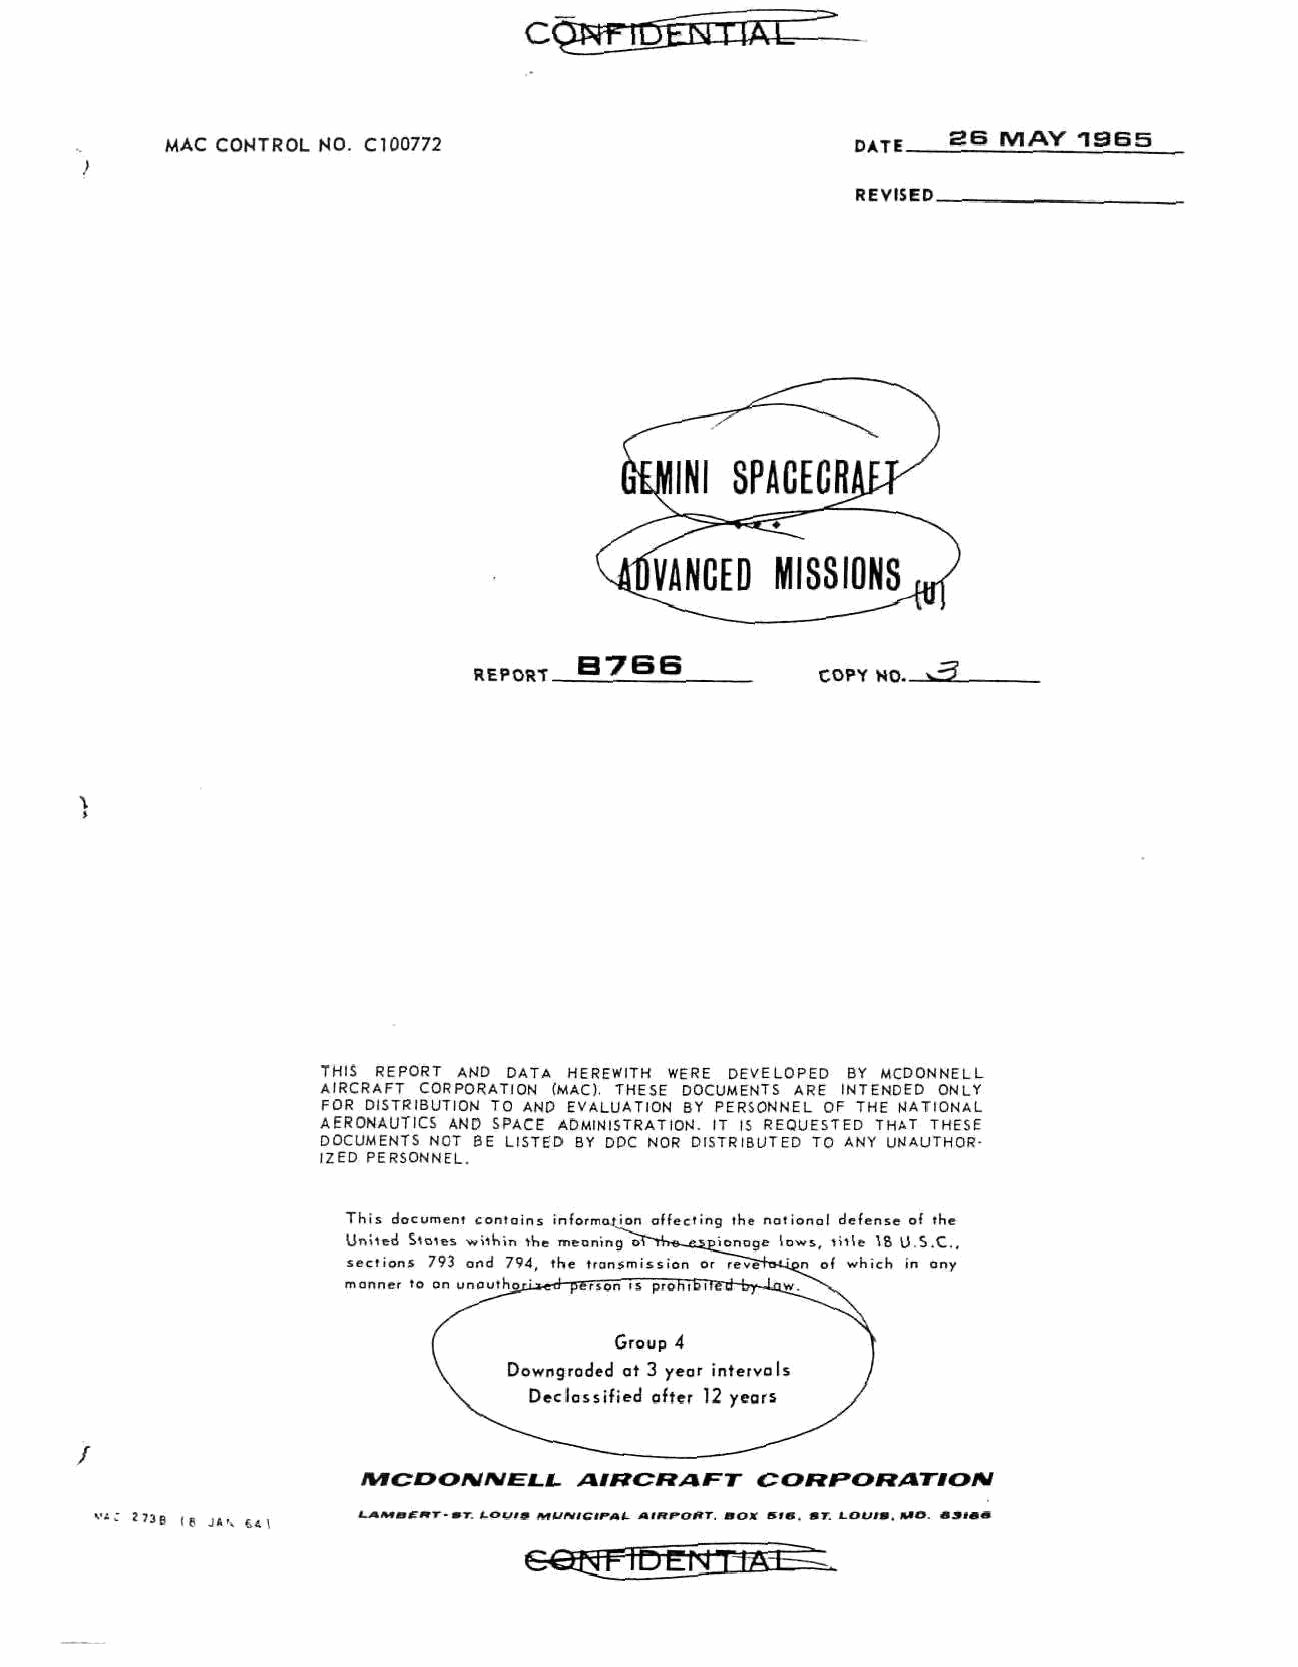
At
 26 M AY 1 9 B5
 MAC CONTROL NO. C100772                      nATF
 REVISED_
 B766
 ^5L
 REPORT.                COPY NO-
 THIS REPORT AND DATA HEREWITH WERE DEVELOPED BY MCDONNELL
 AIRCRAFT CORPORATION (MAC). THESE DOCUMENTS ARE INTENDED ONLY
 FOR DISTRIBUTION TO AND EVALUATION BY PERSONNEL OF THE NATIONAL
 AERONAUTICS AND SPACE ADMINISTRATION. IT IS REQUESTED THAT THESE
 DOCUMENTS NOT BE LISTED BY DDC NOR DISTRIBUTED TO ANY UNAUTHOR
 IZED PERSONNEL.
 This document contains information affecting the notional defense of the
 United Stales within the meaning or"*nVe-_&£pionoge laws, title 18 US.C,
 sections 793 ond 794, the transmission or reve"0<ipn of which in ony
 manner to on unauthoiL*e-d person is prohibifi
 Group 4
 Downgraded at 3 year intervals
 Declassified after 12 years
 M C D O / V / V t J LL AinCFtAFT COFlPOFtATIOISl
 *'3B If J*., 6«1 l-/kMBE»T- mr LOUlf HtUMGIfAt- AWf»OHT. BOX ff>0. ST. LOUII, A*0. S3l0d